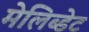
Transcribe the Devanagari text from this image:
मेलिब्डेट